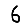
Digit: 6